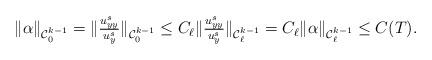
LaTeX: \begin{align*}\begin{array}{ll}\|\alpha\|_{\mathcal{C}_0^{k-1}} =\|\frac{u^s_{yy}}{u^s_y}\|_{\mathcal{C}_0^{k-1}} \leq C_{\ell}\|\frac{u^s_{yy}}{u^s_y}\|_{\mathcal{C}_{\ell}^{k-1}}= C_{\ell}\|\alpha\|_{\mathcal{C}_{\ell}^{k-1}} \leq C(T).\end{array}\end{align*}